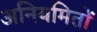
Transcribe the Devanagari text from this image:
अनियमितों